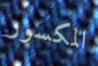
المكسور